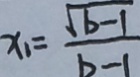
x _ { 1 } = \frac { \sqrt { b - 1 } } { b - 1 }